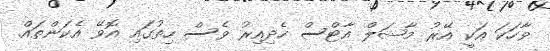
ވާހަކަ އަކީ އޭރު މާޝަލް އާޓްސް ހެދިއިރު ވެސް ހިތުގައި އޮވޭ އެކަންތައް.